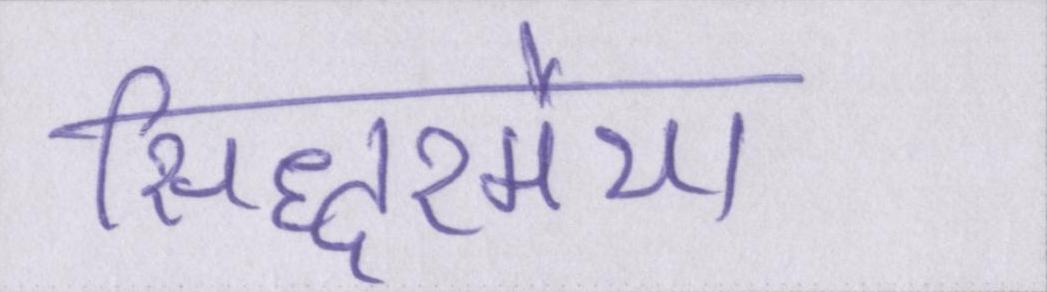
सिद्धरमैया